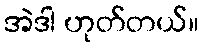
အဲဒါ ဟုတ်တယ်။